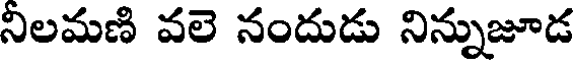
నిలమణి వలె నందుడు నిన్నుజూడ